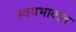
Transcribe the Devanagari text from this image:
स्वयभावात